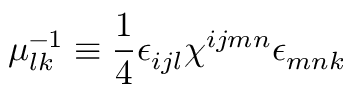
\mu _ { l k } ^ { - 1 } \equiv \frac { 1 } { 4 } \epsilon _ { i j l } \chi ^ { i j m n } \epsilon _ { m n k }